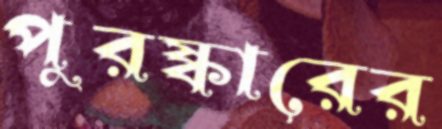
পুরষ্কারের